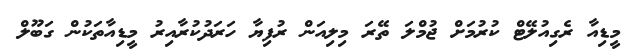
މީޑިއާ ރެގިއުލޭޓް ކުރުމަށް ޖުމްލަ ތޭރަ މިލިއަން ރުފިޔާ ހަރަދުކުރާއިރު މީޑިއާތަކުން ގަބޫލް